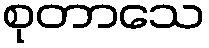
စုတာသေ